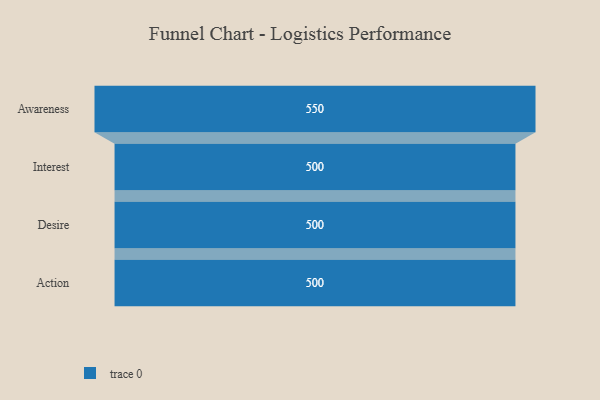
{"axis": {"x": "Stage", "y": "Value"}, "legend": [""], "data": [{"x": "Awareness", "y": 550.0, "type": ""}, {"x": "Interest", "y": 500, "type": ""}, {"x": "Desire", "y": 500, "type": ""}, {"x": "Action", "y": 500, "type": ""}]}